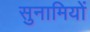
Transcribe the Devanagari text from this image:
सुनामियों